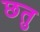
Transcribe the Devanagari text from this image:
छतु